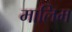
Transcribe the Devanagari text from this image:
मालिम